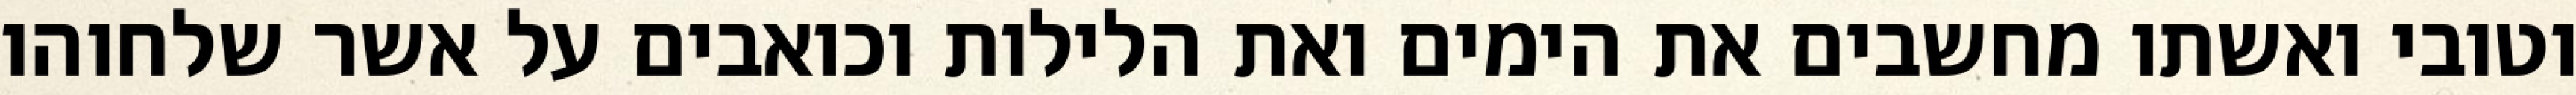
וטובי ואשתו מחשבים את הימים ואת הלילות וכואבים על אשר שלחוהו